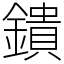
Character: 鐀